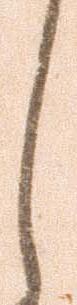
し